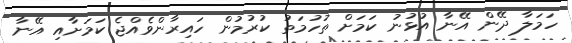
ހަމަލާ ދޭން އޭނާ އުޅުނު ކަމަށް ތުހުމަތު ކުރުމުން ހައިރާންވެއްޖެ ކަމަށާއި އޭނާ